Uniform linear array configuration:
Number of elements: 64
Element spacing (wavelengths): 0.5
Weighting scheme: uniform
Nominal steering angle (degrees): -15
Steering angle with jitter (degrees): -13.651
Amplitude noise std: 0.05
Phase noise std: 0.05

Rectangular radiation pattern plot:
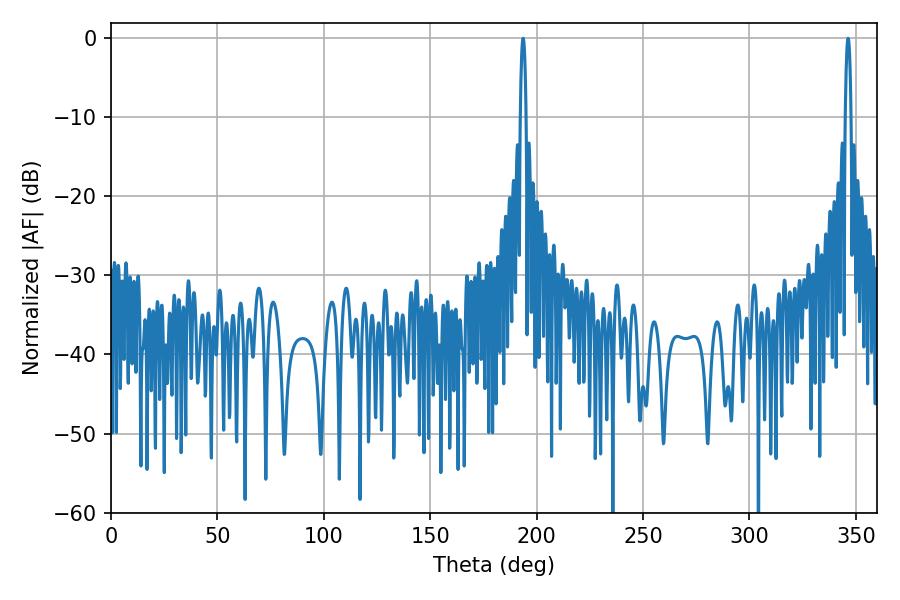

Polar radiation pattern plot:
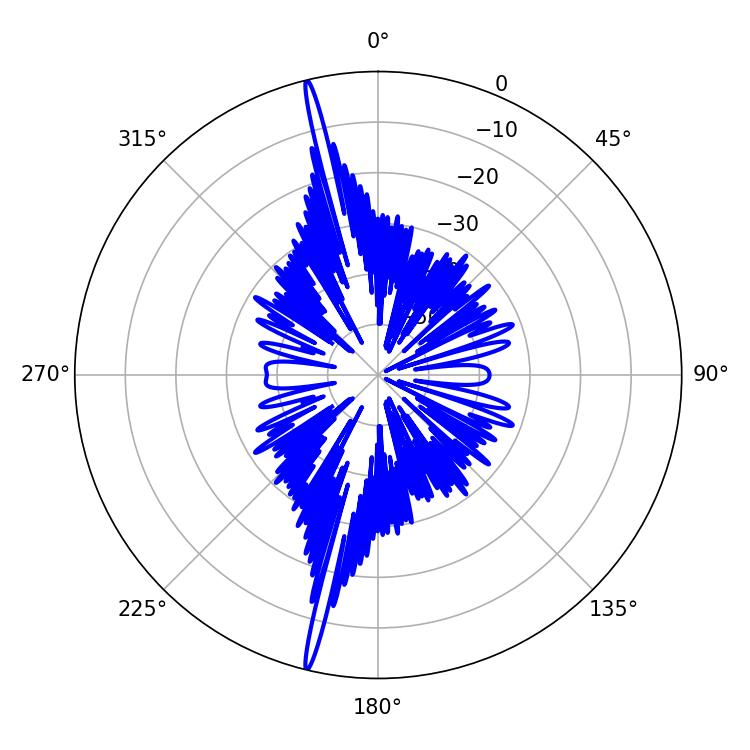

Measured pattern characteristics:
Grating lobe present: FALSE
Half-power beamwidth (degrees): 1.44
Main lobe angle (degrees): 346.32